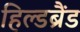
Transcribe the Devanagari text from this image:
हिल्डब्रैंड